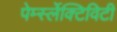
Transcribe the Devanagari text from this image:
पेर्म्स्लेक्टिविटी